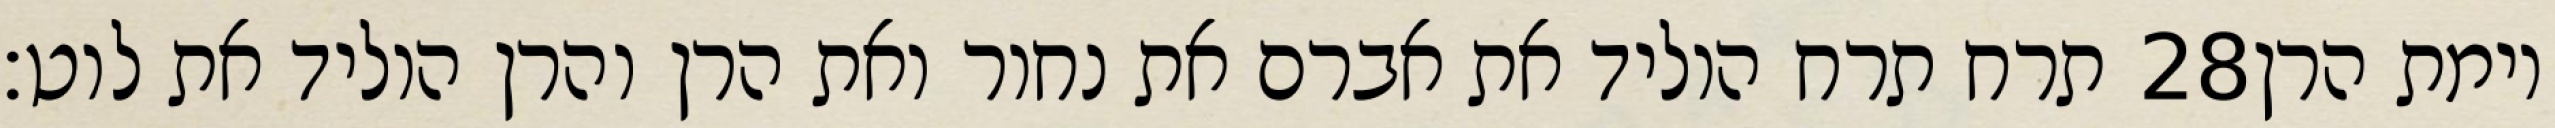
תרח תרח הוליד את אברם את נחור ואת הרן והרן הוליד את לוט׃ ‎28‏ וימת הרן